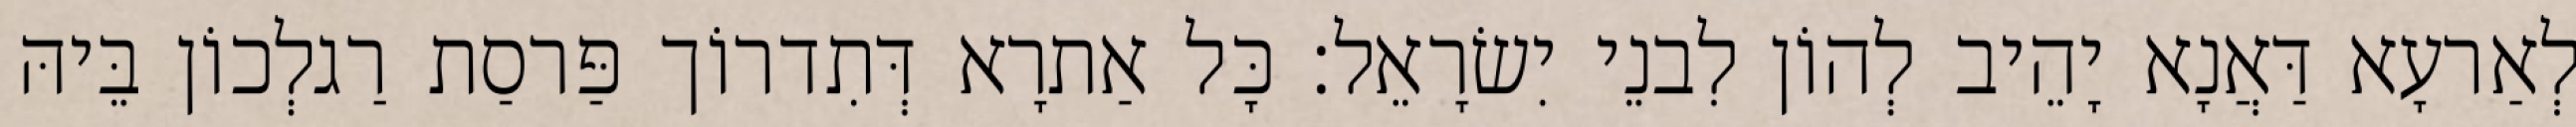
לְאַרעָא דַּאֲנָא יָהֵיב לְהוֹן לִבנֵי יִשׂרָאֵל׃ כָּל אַתרָא דְּתִדרוֹך פַּרסַת רַגלְכוֹן בֵּיהּ